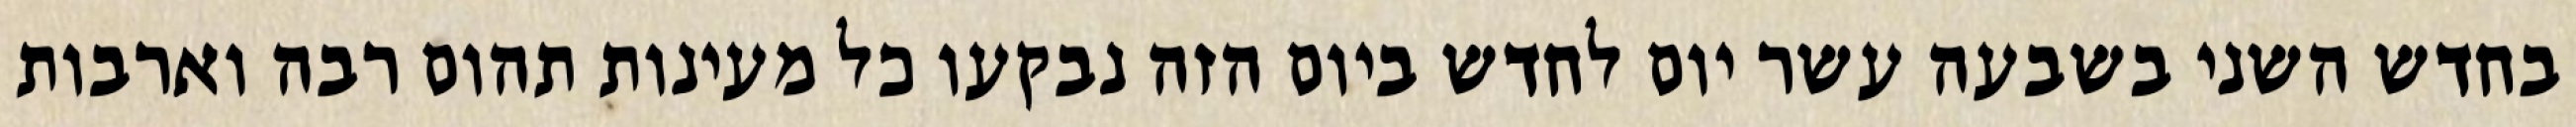
בחדש השני בשבעה עשר יום לחדש ביום הזה נבקעו כל מעינות תהום רבה וארבות